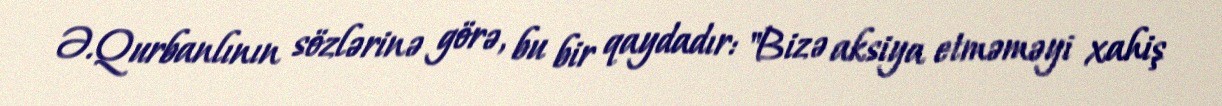
Ə.Qurbanlının sözlərinə görə, bu bir qaydadır: "Bizə aksiya etməməyi xahiş